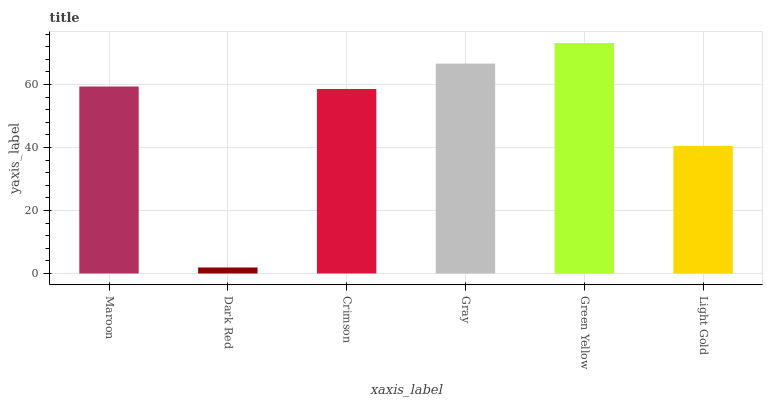
| xaxis_label | bars |
 | --- | --- |
 | Maroon | 59.4 |
 | Dark Red | 1.9 |
 | Crimson | 58.6 |
 | Gray | 66.6 |
 | Green Yellow | 73.2 |
 | Light Gold | 40.5 |